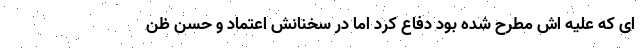
ای که علیه اش مطرح شده بود دفاع کرد اما در سخنانش اعتماد و حسن ظن